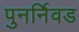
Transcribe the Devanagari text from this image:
पुनर्निवड